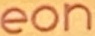
eon